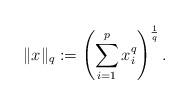
LaTeX: \begin{align*} \|x\|_q:=\left(\sum_{i=1}^px_i^q\right)^{\frac{1}{q}}. \end{align*}